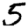
Digit: 5